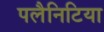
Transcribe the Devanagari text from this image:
पलैनिटिया